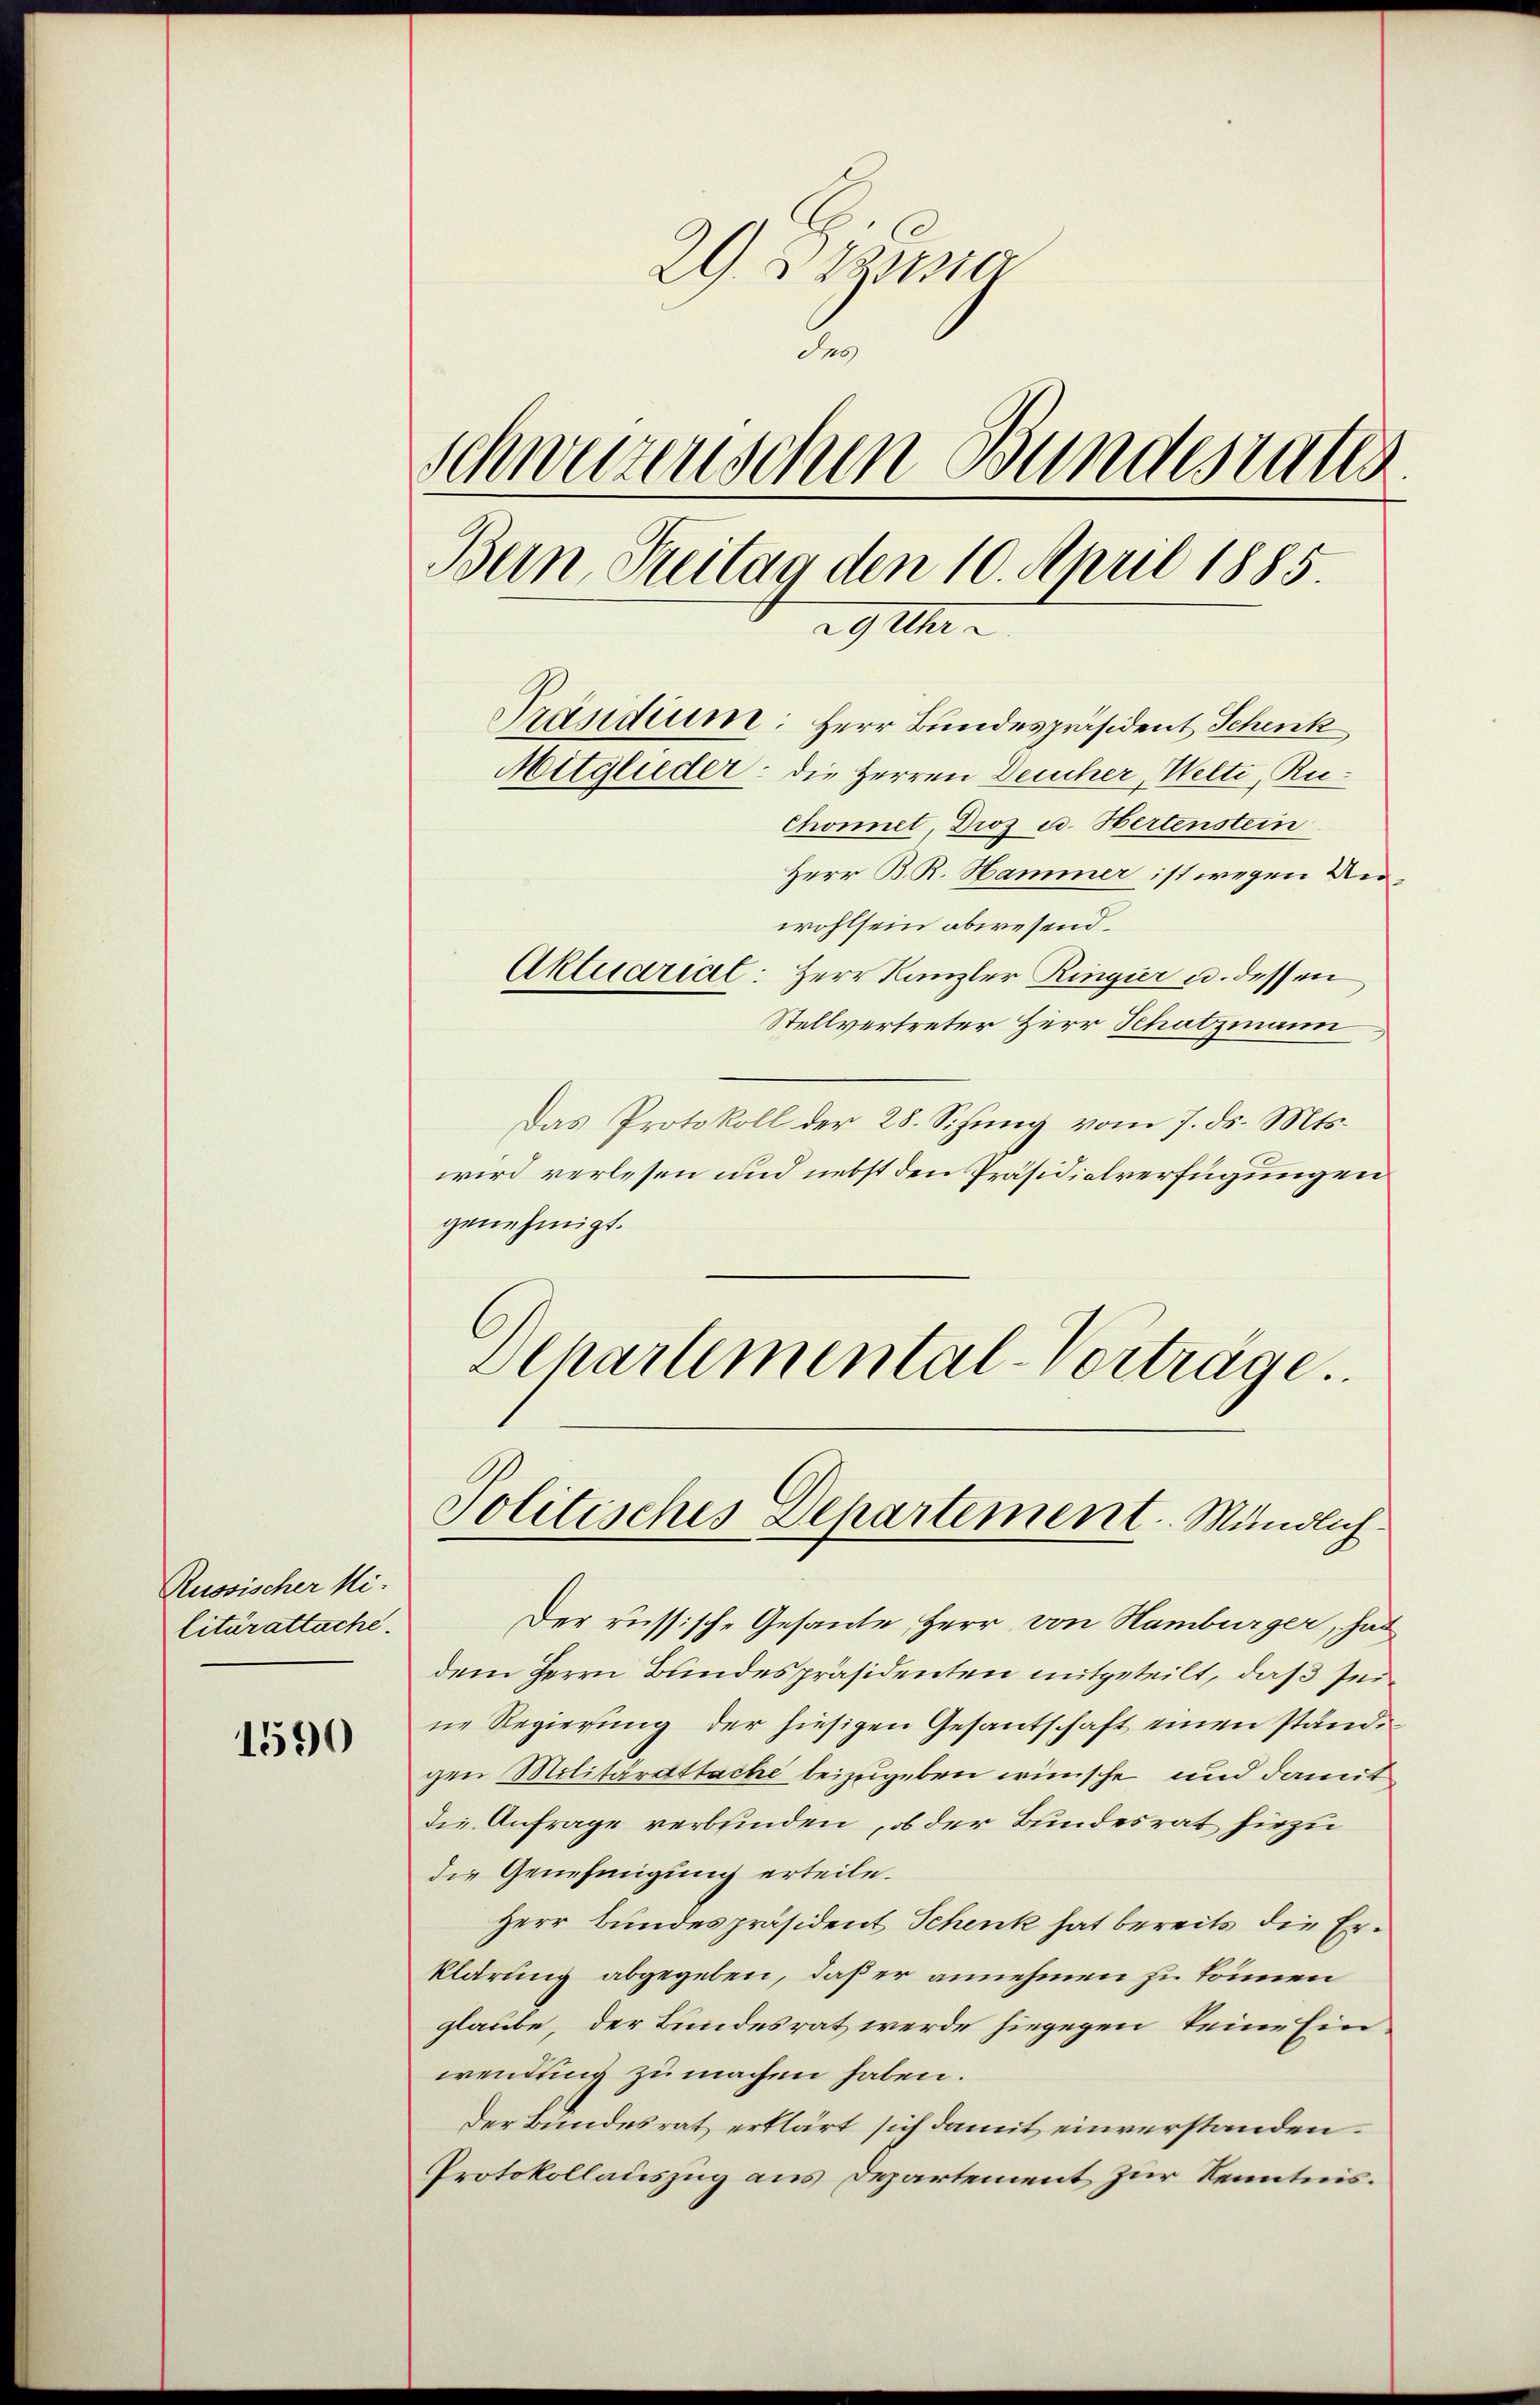
1590

29. Bezug
2
Schweizerischen Bundesrates
Bun, Streitag den 10. April 1885.
29 Uhr a
Präsidium: Herr Bundespräsident Schenk
Mitglieder: die Herren Deucher, Welti, Ru¬
Chonnet, Droz u. Hertenstein

Russischer Militärattache.

Herr B. R. Hammer ist wegen Unwohlsein abwesend.
Aktuarial: Herr Kanzler Ringier u. dessen
Stellvertreter Herr Schatzmann
Das Protokoll der 28. Sitzung vom 7. ds. Mts.
wird verlesen und nebst den Präsidialverfügungen
genehmigt.
Dchartemental-Verträge.

Der russische Gesande Herr von Hamburger, hat
dem Herrn Bundespräsidenten mitgeteilt, daß seine Regierung der hiesigen Gesantschaft einen ständgen Militärattache beizugeben wünsche und damit
die Anfrage verbinden, ob der Bundesrat hiezu
die Genehmigung erteile.
Herr Bundespräsident Schenk hat bereits die Erklärung abgegeben, daß er annehmen zu können
glaube, der Bundesrat werde hiegegen keine Einwendung zu machen haben.
Der Bundesrat erklärt sich damit einverstanden.
Protokollauszug aus Departement zur Kenntnis.

Politisches Departement. Mündlich